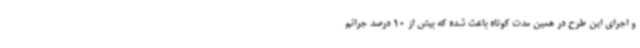
و اجرای این طرح در همین مدت کوتاه باعث شده که بیش از 10 درصد جرائم